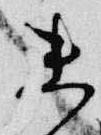
未